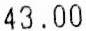
43.00